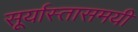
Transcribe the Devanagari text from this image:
सूर्यास्तासमयी